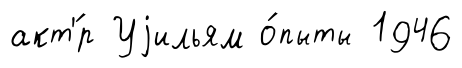
акт'́р Уjильям о́пыты 1946